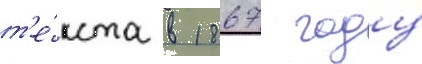
т'е́кста в 1867 году